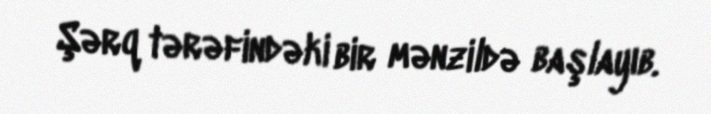
Şərq tərəfindəki bir mənzildə başlayıb.